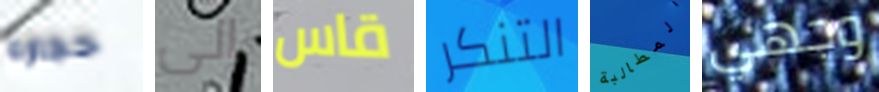
حجارة إلى قاس التنكر المطالبة وجهي